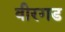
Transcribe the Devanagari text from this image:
वीरगड